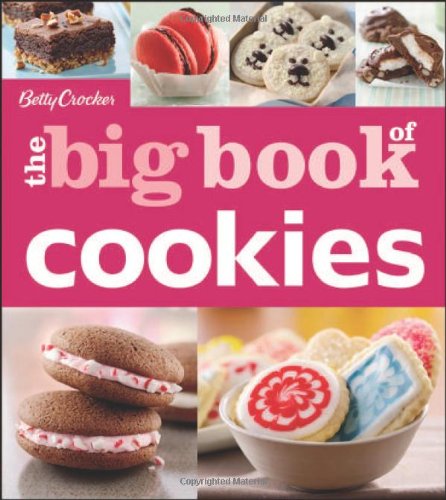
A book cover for Betty Crocker the Big Book of Cookies; Betty Crocker; Cookbooks, Food & Wine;